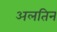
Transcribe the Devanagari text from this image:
अलतिन